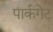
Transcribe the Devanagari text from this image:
पार्कगेट